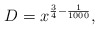
\begin{align*}D = x^{\frac{3}{4}-\frac{1}{1000}},\end{align*}